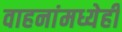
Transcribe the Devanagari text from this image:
वाहनांमध्येही